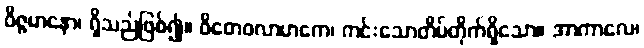
ဝိဇ္ဇမာနော၊ ရှိသည်ဖြစ်၍။ ဝိတေဝလာဟကေ၊ ကင်းသောတိမ်တိုက်ရှိသော။ အာကာလေ၊